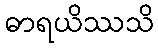
ဓာရယိဿသိ